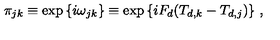
\pi _ { j k } \equiv \exp { \{ i \omega _ { j k } \} } \equiv \exp { \{ i F _ { d } ( T _ { d , k } - T _ { d , j } ) \} } \ ,